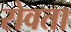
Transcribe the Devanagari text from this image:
रोवता